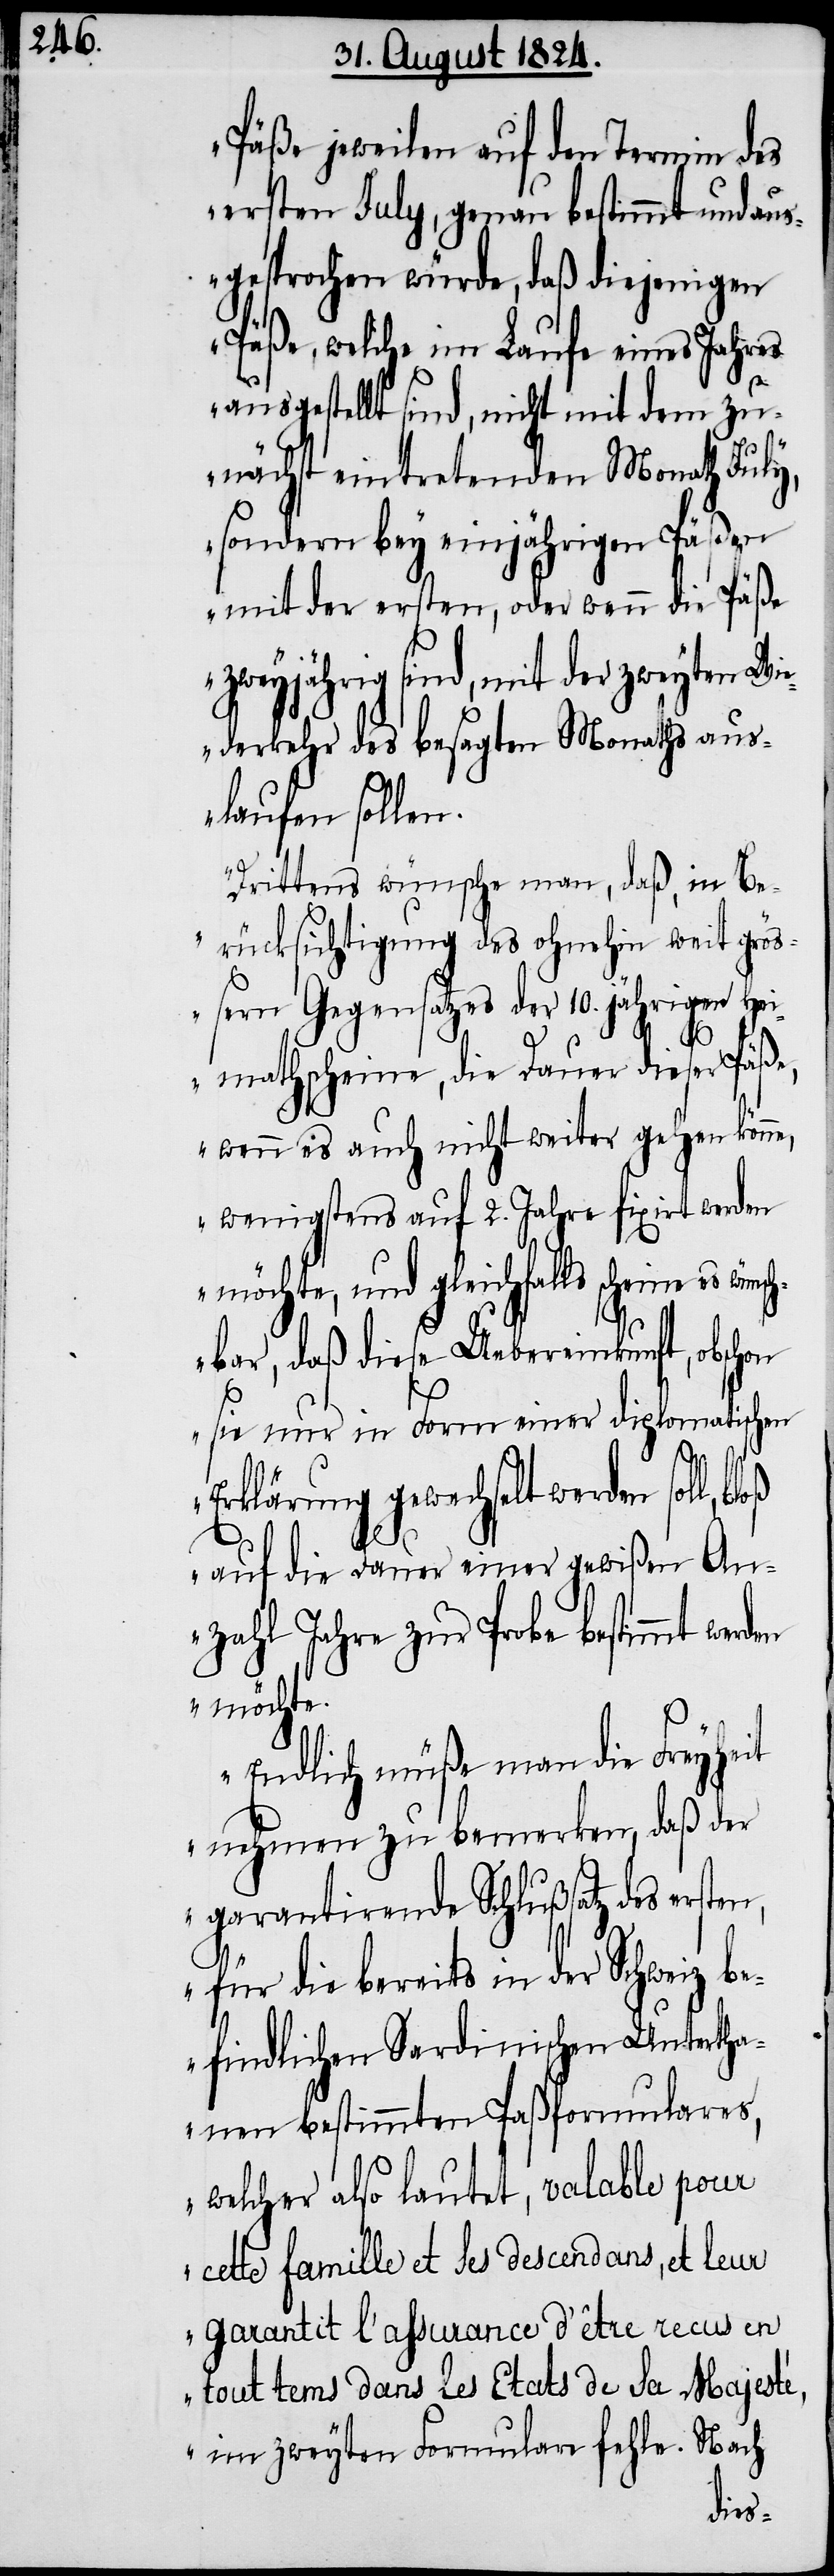
Päße jeweilen auf den Termin des
ersten July, genau bestimmt und aus¬
gesprochen würde, daß diejenigen
Päße, welche im Laufe eines Jahres
ausgestellt sind, nicht mit dem zu¬
nächst eintretenden Monath July,
sondern bey einjährigen Päßen
mit der ersten, oder wenn die Päße
zweyjährig sind, mit der zweyten Wi¬
ederkehr des besagten Monaths aus¬
laufen sollen.
Drittens wünsche man, daß, in Be¬
rücksichtigung des ohnehin weit grö¬
ßern Gegensatzes der 10. jährigen Hei¬
den
mathscheine, die Dauer dieser Päße,
wenn es auch nicht weiter gehen könne,
wenigstens auf 2. Jahre fixirt werden
möchte, und gleichfalls scheine
chbar, daß diese Uebereinkunft, obschon
sie nur in Form einer diplomatischen
Erklärung gewechselt werden soll,
wüns¬
auf die Dauer einer gewißen An¬
zahl Jahre zur Probe bestimmt wer¬
möchte.
Endlich müße man die Freyheit
nehmen zu bemerken, daß der
garantirende Schlußsatz des ersten,
für die bereits in der Schweiz b¬
efindlichen Sardinischen Untertha¬
nen bestimmten Paßformulares,
welcher also lautet, valable pour
cette famille et ses descendans, et leur
garantit l’assurance d’être recus en
tout tems dans les Etats de sa Majesté,
im zweyten Formulare fehle. Nach